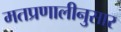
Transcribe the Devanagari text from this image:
मतप्रणालीनुसार